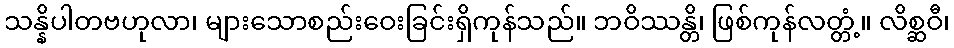
သန္နိပါတဗဟုလာ၊ များသောစည်းဝေးခြင်းရှိကုန်သည်။ ဘဝိဿန္တိ၊ ဖြစ်ကုန်လတ္တံ့။ လိစ္ဆဝီ၊